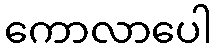
ကောလာပေါ